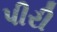
પીરી